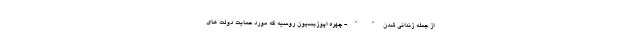
از جمله زندانی شدن " " - چهره اپوزیسیون روسیه که مورد حمایت دولت های